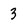
Character: 3